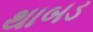
થાબડ